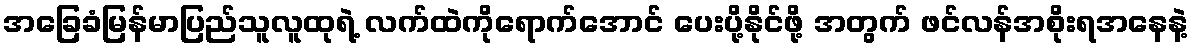
အခြေခံမြန်မာပြည်သူလူထုရဲ့ လက်ထဲကိုရောက်အောင် ပေးပို့နိုင်ဖို့ အတွက် ဖင်လန်အစိုးရအနေနဲ့